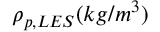
\rho _ { p , L E S } ( k g / m ^ { 3 } )